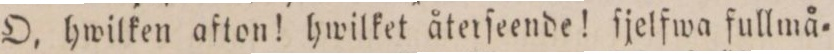
O, hwilken afton! hwilket återſeende! ſjelfwa fullmå=